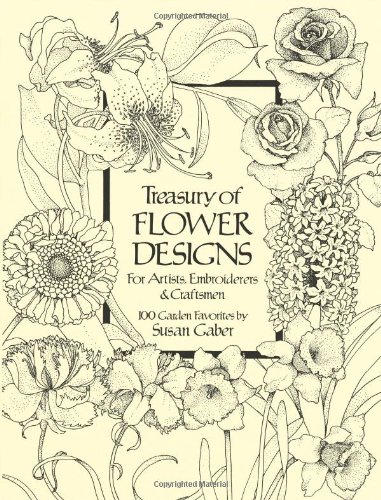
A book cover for Treasury of Flower Designs for Artists, Embroiderers and Craftsmen (Dover Pictorial Archive); Susan Gaber; Arts & Photography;